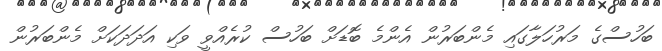
ބަހުސްގެ މަރުހަލާގައި މެންބަރުން އެންމެ ބޮޑަށް ބަހުސް ކުރެއްވީ ވަކި އަދަދަކަށް މެންބަރުން